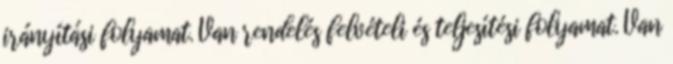
irányítási folyamat. Van rendelés felvételi és teljesítési folyamat. Van